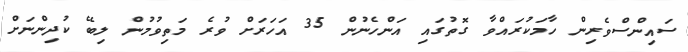
ސައިންސްވެރިން ހާމަކުރައްވާ ގޮތުގައި އަންހެނުން 35 އަހަރަށް ވުރެ މަތިވުމުން ލިބޭ ކުދިންނަށް